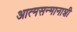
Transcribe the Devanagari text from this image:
आत्मसन्मानाशी